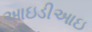
આઇડીઆઇ